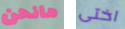
هانحن اختى